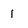
Character: 1